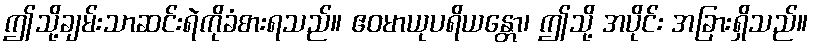
ဤသို့ချမ်းသာဆင်းရဲကိုခံစားရသည်။ ဧဝမာယုပရိယန္တော၊ ဤသို့ အပိုင်း အခြားရှိသည်။